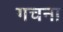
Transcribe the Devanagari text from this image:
गचना